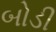
બોડી